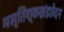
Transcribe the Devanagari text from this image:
मस्तिश्कखंडछेदन